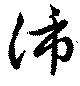
沛